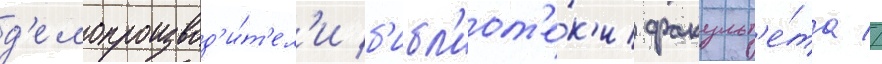
д'елопроизвод'и́т'ел'и б'ибл'иот'е́к'и факульт'е́та //